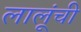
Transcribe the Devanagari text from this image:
लालूंची